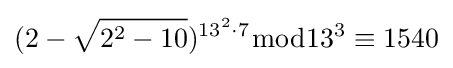
(2-{\sqrt {2^{2}-10}})^{13^{2}\cdot 7}{\bmod {13^{3}}}\equiv 1540